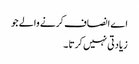
اے انصاف کرنے والے جو
زیادتی نہیں کرتا ۔